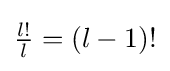
{\begin{matrix}{\frac {l!}{l}}=(l-1)!\end{matrix}}